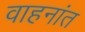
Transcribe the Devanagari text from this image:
वाहनांत